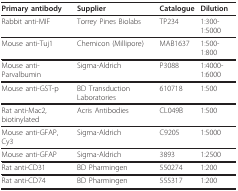
<table><thead><tr><td><b>Primary antibody</b></td><td><b>Supplier</b></td><td><b>Catalogue</b></td><td><b>Dilution</b></td></tr></thead><tbody><tr><td>Rabbit anti-MIF</td><td>Torrey Pines Biolabs</td><td>TP234</td><td>1:300-1:5000</td></tr><tr><td>Mouse anti-Tuj1</td><td>Chemicon (Millipore)</td><td>MAB1637</td><td>1:500-1:800</td></tr><tr><td>Mouse anti-Parvalbumin</td><td>Sigma-Aldrich</td><td>P3088</td><td>1:4000-1:6000</td></tr><tr><td>Mouse anti-GST-p</td><td>BD Transduction Laboratories</td><td>610718</td><td>1:500</td></tr><tr><td>Rat anti-Mac2, biotinylated</td><td>Acris Antibodies</td><td>CL049B</td><td>1:500</td></tr><tr><td>Mouse anti-GFAP, Cy3</td><td>Sigma-Aldrich</td><td>C9205</td><td>1:5000</td></tr><tr><td>Mouse anti-GFAP</td><td>Sigma-Aldrich</td><td>3893</td><td>1:2500</td></tr><tr><td>Rat anti-CD31</td><td>BD Pharmingen</td><td>550274</td><td>1:200</td></tr><tr><td>Rat anti-CD74</td><td>BD Pharmingen</td><td>555317</td><td>1:200</td></tr></tbody></table>